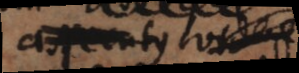
assecutus videre